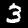
Label: 3